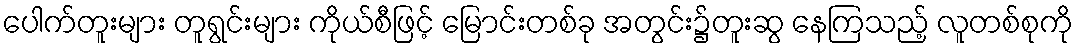
ပေါက်တူးများ တူရွင်းများ ကိုယ်စီဖြင့် မြောင်းတစ်ခု အတွင်း၌တူးဆွ နေကြသည့် လူတစ်စုကို